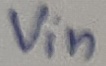
Text: Vin